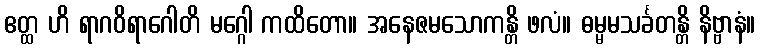
ဧတ္ထ ဟိ ရာဂဝိရာဂေါတိ မဂ္ဂေါ ကထိတော။ အနေဇမသောကန္တိ ဖလံ။ ဓမ္မမသင်္ခတန္တိ နိဗ္ဗာနံ။